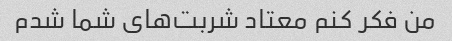
من فکر کنم معتاد شربت‌های شما شدم